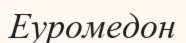
Еуромедон